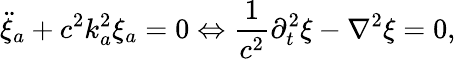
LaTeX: \ddot{\xi}_{a}+c^{2}k_{a}^{2}\xi_{a}=0\Leftrightarrow\frac{1}{c^{2}}\partial_{t}^{2}\xi-\nabla^{2}\xi=0,